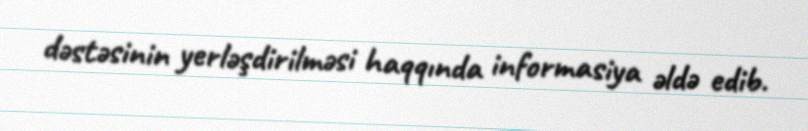
dəstəsinin yerləşdirilməsi haqqında informasiya əldə edib.